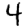
Digit: 4